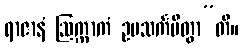
ရာဇာနံ ဩက္ကာကံ ဥပသင်္ကမိတွာ”တိ။